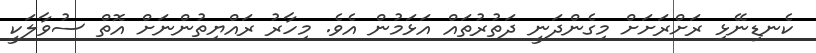
ކެނޑިނޭޅި ރަށްރަށަށް މިގެންދަނީ ދަތުރުތައް އަޅަމުން އެވެ. މިހާރު ރައްޔިތުންނަށް އޮތް ސުވާލަކީ